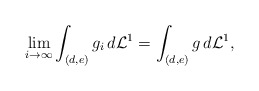
\begin{align*}\lim_{i\to\infty} \int_{(d,e)} g_i \,d\mathcal L^1 = \int_{(d,e)} g \,d\mathcal L^1 ,\end{align*}